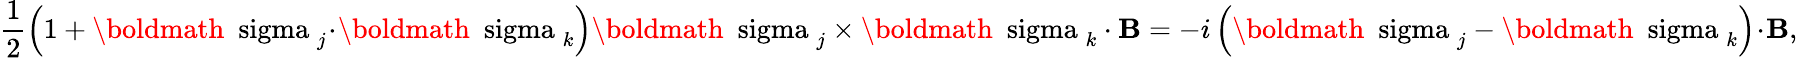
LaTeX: \frac{1}{2}\left(1+\mathrm{\boldmath~\ sigma~}_{j}\! \cdot\! \mathrm{\boldmath~\ sigma~}_{k}\right)\mathrm{\boldmath~\ sigma~}_{j}\times\mathrm{\boldmath~\ sigma~}_{k}\cdot{\mathbf B}=-i\left(\mathrm{\boldmath~\ sigma~}_{j}-\mathrm{\boldmath~\ sigma~}_{k}\right)\! \cdot\! {\mathbf B},